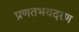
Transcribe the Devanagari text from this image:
प्रणतभयदरण